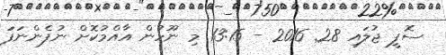
ސޮފީ ޖުލައި 28